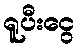
ရူပီးငွေ